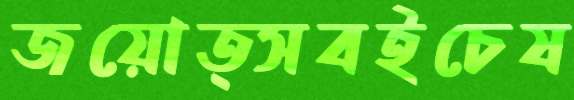
জয়োত্সবইচেষ